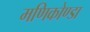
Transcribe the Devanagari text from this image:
मणिकोण्डा